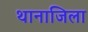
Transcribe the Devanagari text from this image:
थानाजिला